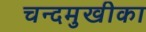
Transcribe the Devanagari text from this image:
चन्दमुखीका